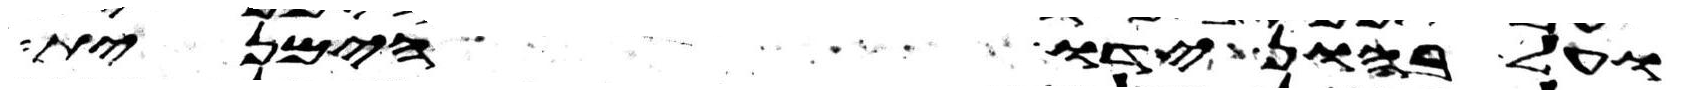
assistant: ועל בהון ידו הימנית